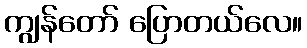
ကျွန်တော် ပြောတယ်လေ။